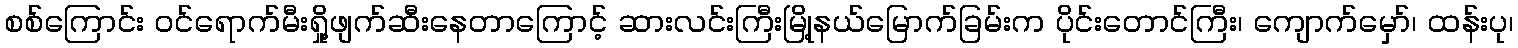
စစ်ကြောင်း ဝင်ရောက်မီးရှို့ဖျက်ဆီးနေတာကြောင့် ဆားလင်းကြီးမြို့နယ်မြောက်ခြမ်းက ပိုင်းတောင်ကြီး၊ ကျောက်မှော်၊ ထန်းပု၊